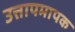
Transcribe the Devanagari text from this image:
उत्तापमापक